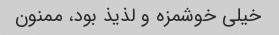
خیلی خوشمزه و لذیذ بود، ممنون